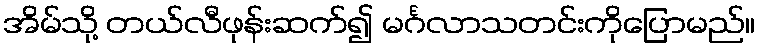
အိမ်သို့ တယ်လီဖုန်းဆက်၍ မင်္ဂလာသတင်းကိုပြောမည်။